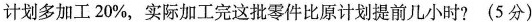
计划多加工20%，实际加工完这批零件比原计划提前几小时?(5分)